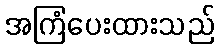
အကြံပေးထားသည်